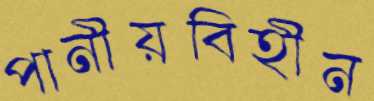
পানীয়বিহীন